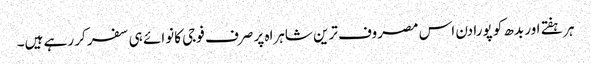
ہر ہفتے اور بدھ کو پورا دن اس مصروف ترین شاہراہ پر صرف فوجی کانوائے ہی سفر کر رہے ہیں۔